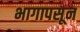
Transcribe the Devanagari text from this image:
भागापसून